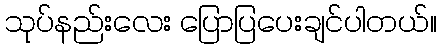
သုပ်နည်းလေး ပြောပြပေးချင်ပါတယ်။